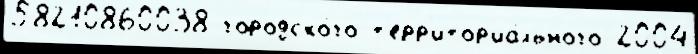
58210860038 городско́го т'ерр'итор'иа́льного 2004